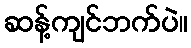
ဆန့်ကျင်ဘက်ပဲ။